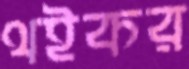
থইকর